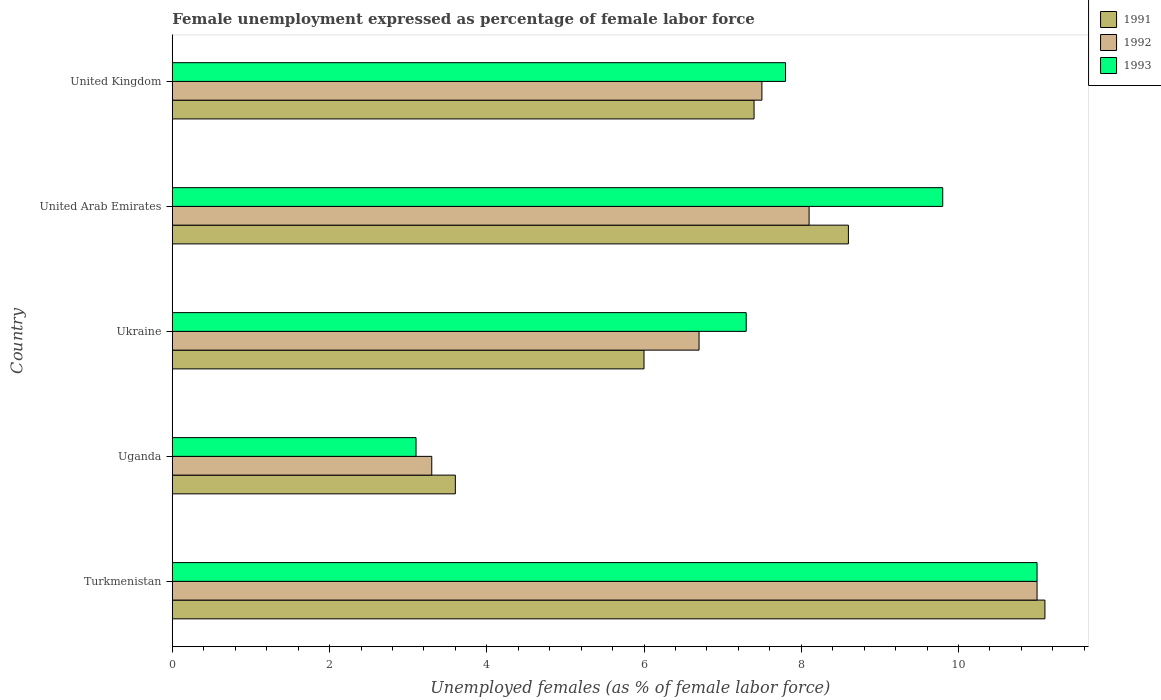
| Country | 1991 | 1992 | 1993 |
 | --- | --- | --- | --- |
 | Turkmenistan | 11.1 | 11 | 11 |
 | Uganda | 3.6 | 3.3 | 3.1 |
 | Ukraine | 6 | 6.7 | 7.3 |
 | United Arab Emirates | 8.6 | 8.1 | 9.8 |
 | United Kingdom | 7.4 | 7.5 | 7.8 |